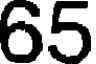
65